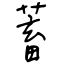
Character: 蓄